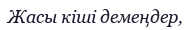
Жасы кіші демеңдер,